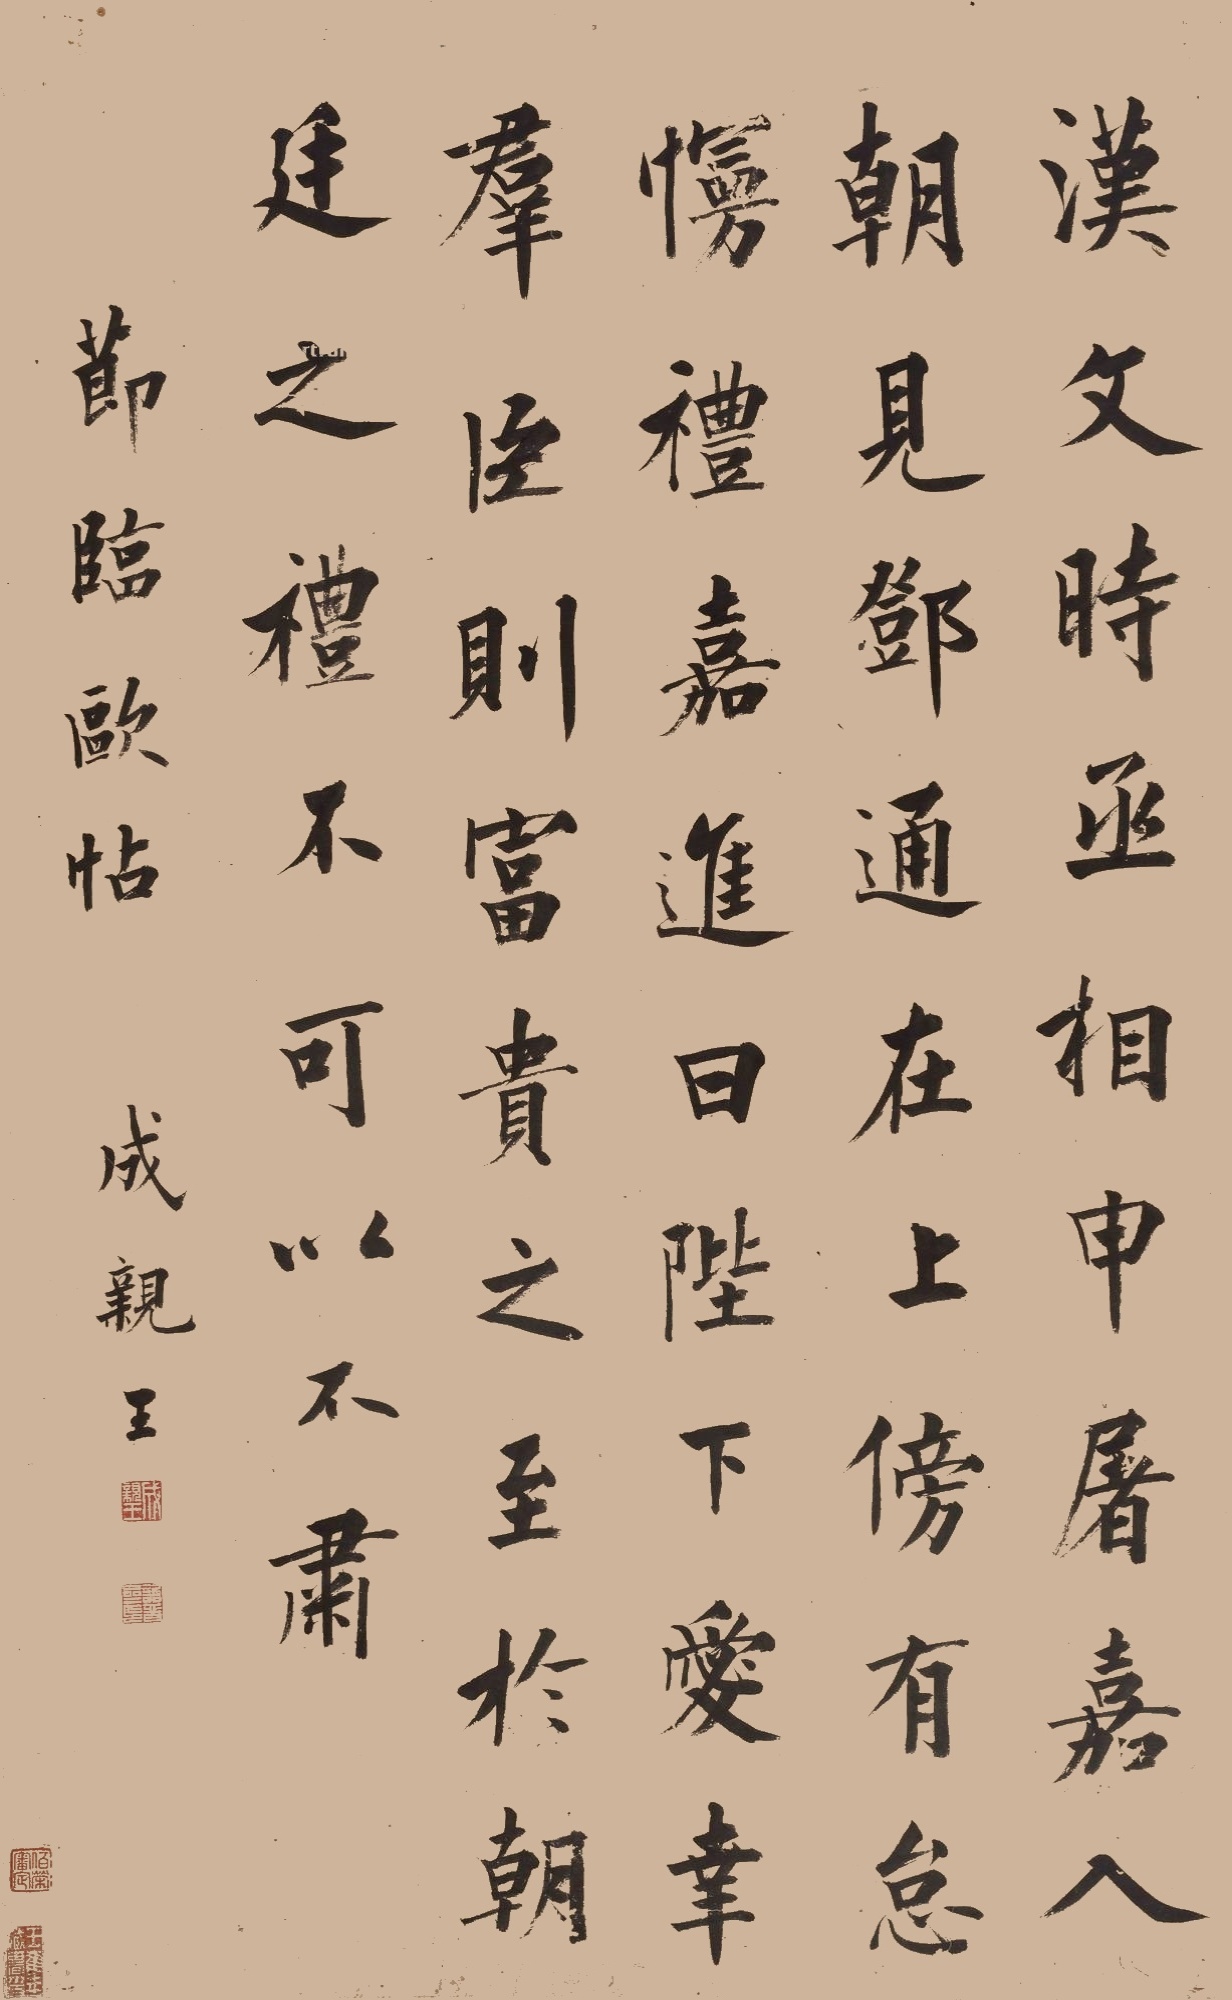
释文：汉文帝时，丞相申屠嘉入朝见邓通在上傍，有怠慢礼。嘉进曰：陛下爱幸群臣，则富贵之，至于朝廷之礼，不可以不肃。节临欧帖。成亲王。